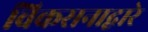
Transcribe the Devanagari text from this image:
विकसनाद्वारे